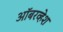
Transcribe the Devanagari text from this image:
ऑबरव्हेश